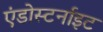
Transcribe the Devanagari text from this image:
एंडोस्टर्नाइट